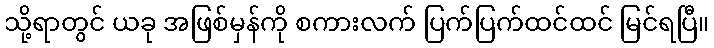
သို့ရာတွင် ယခု အဖြစ်မှန်ကို စကားလက် ပြက်ပြက်ထင်ထင် မြင်ရပြီ။